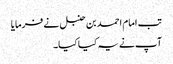
تب امام احمد بن حنبل نے فرمایا
آپ نے یہ کیا کیا۔